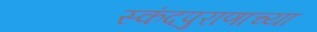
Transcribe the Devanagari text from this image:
स्कंदपुराणाच्या